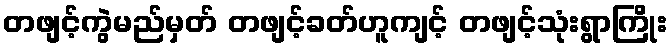
တဖျင့်ကွဲမည်မှတ် တဖျင့်ခတ်ဟူကျင့် တဖျင့်သုံးရွာကြိုး